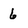
Character: 6